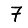
Digit: 7